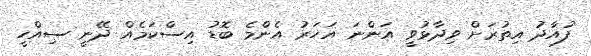
ފުއާދު އިތުރަށް ވިދާޅުވީ އަންނަ އަހަރު އެންމެ ބޮޑު އިސްކަމެއް ދޭނީ ސިއްހީ